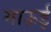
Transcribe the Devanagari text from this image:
माऊई